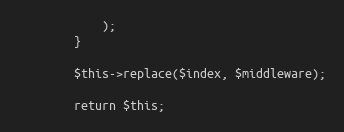
Language: PHP
            );
        }

        $this->replace($index, $middleware);

        return $this;